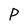
Character: P